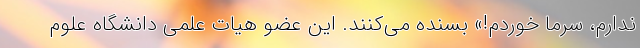
ندارم، سرما خوردم!» بسنده می‌کنند. این عضو هیات علمی دانشگاه علوم